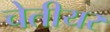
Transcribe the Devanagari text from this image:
चेतीयर